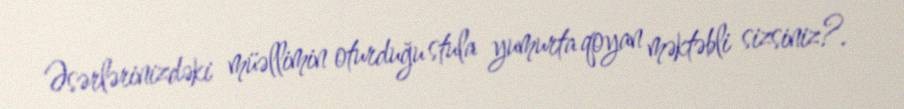
Əsərlərinizdəki müəllimin oturduğu stula yumurta qoyan məktəbli sizsiniz?.